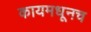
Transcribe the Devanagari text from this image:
कायमधूनच